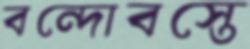
বন্দোবস্তে